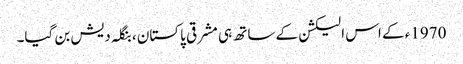
1970ء کے اس الیکشن کے ساتھ ہی مشرقی پاکستان ، بنگلہ دیش بن گیا۔